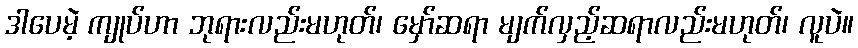
ဒါပေမဲ့ ကျုပ်ဟာ ဘုရားလည်းမဟုတ်၊ မှော်ဆရာ မျက်လှည့်ဆရာလည်းမဟုတ်၊ လူပဲ။